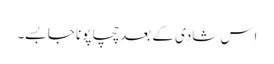
اِس شادی کے بعد چچا پونا جا بسے۔